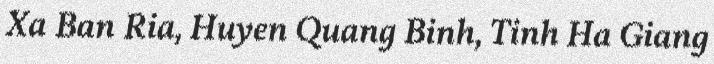
Xa Ban Ria, Huyen Quang Binh, Tinh Ha Giang